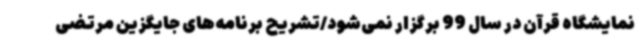
نمایشگاه قرآن در سال 99 برگزار نمی‌شود/تشریح برنامه‌های جایگزین مرتضی